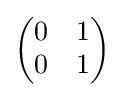
{\begin{pmatrix}0&1\\0&1\end{pmatrix}}